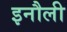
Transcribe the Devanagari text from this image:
इनौली